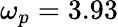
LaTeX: \omega_{p}=3.93